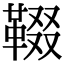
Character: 𩋁